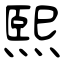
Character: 熙